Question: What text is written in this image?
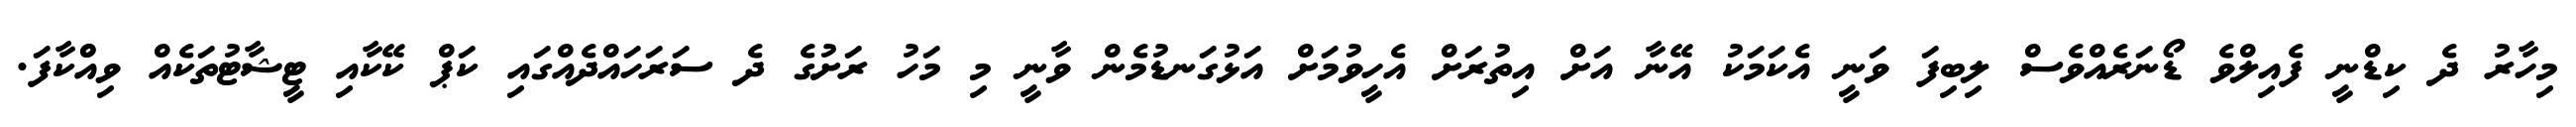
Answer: މިހާރު ދެ ކިޑްނީ ފެއިލްވެ ޑޯނަރެއްވެސް ލިބިފަ ވަނީ އެކަމަކު އޭނާ އަށް އިތުރަށް އެހީވުމަށް އަޅުގަނޑުމެން ވާނީ މި މަހު ރަށުގެ ދެ ސަރަހައްދެއްގައި ކަޕް ކޭކާއި ޓީޝާޓުތަކެއް ވިއްްކާފަ.